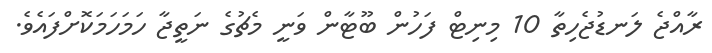
ރާއްޖެ ލަނޑުޖެހިތާ 10 މިނިޓް ފަހުން ބޫޓާން ވަނީ މެޗުގެ ނަތީޖާ ހަމަހަމަކޮށްފައެވެ.